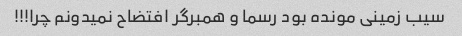
سیب زمینی مونده بود رسما و همبرگر افتضاح نمیدونم چرا!!!